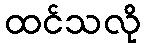
ထင်သလို